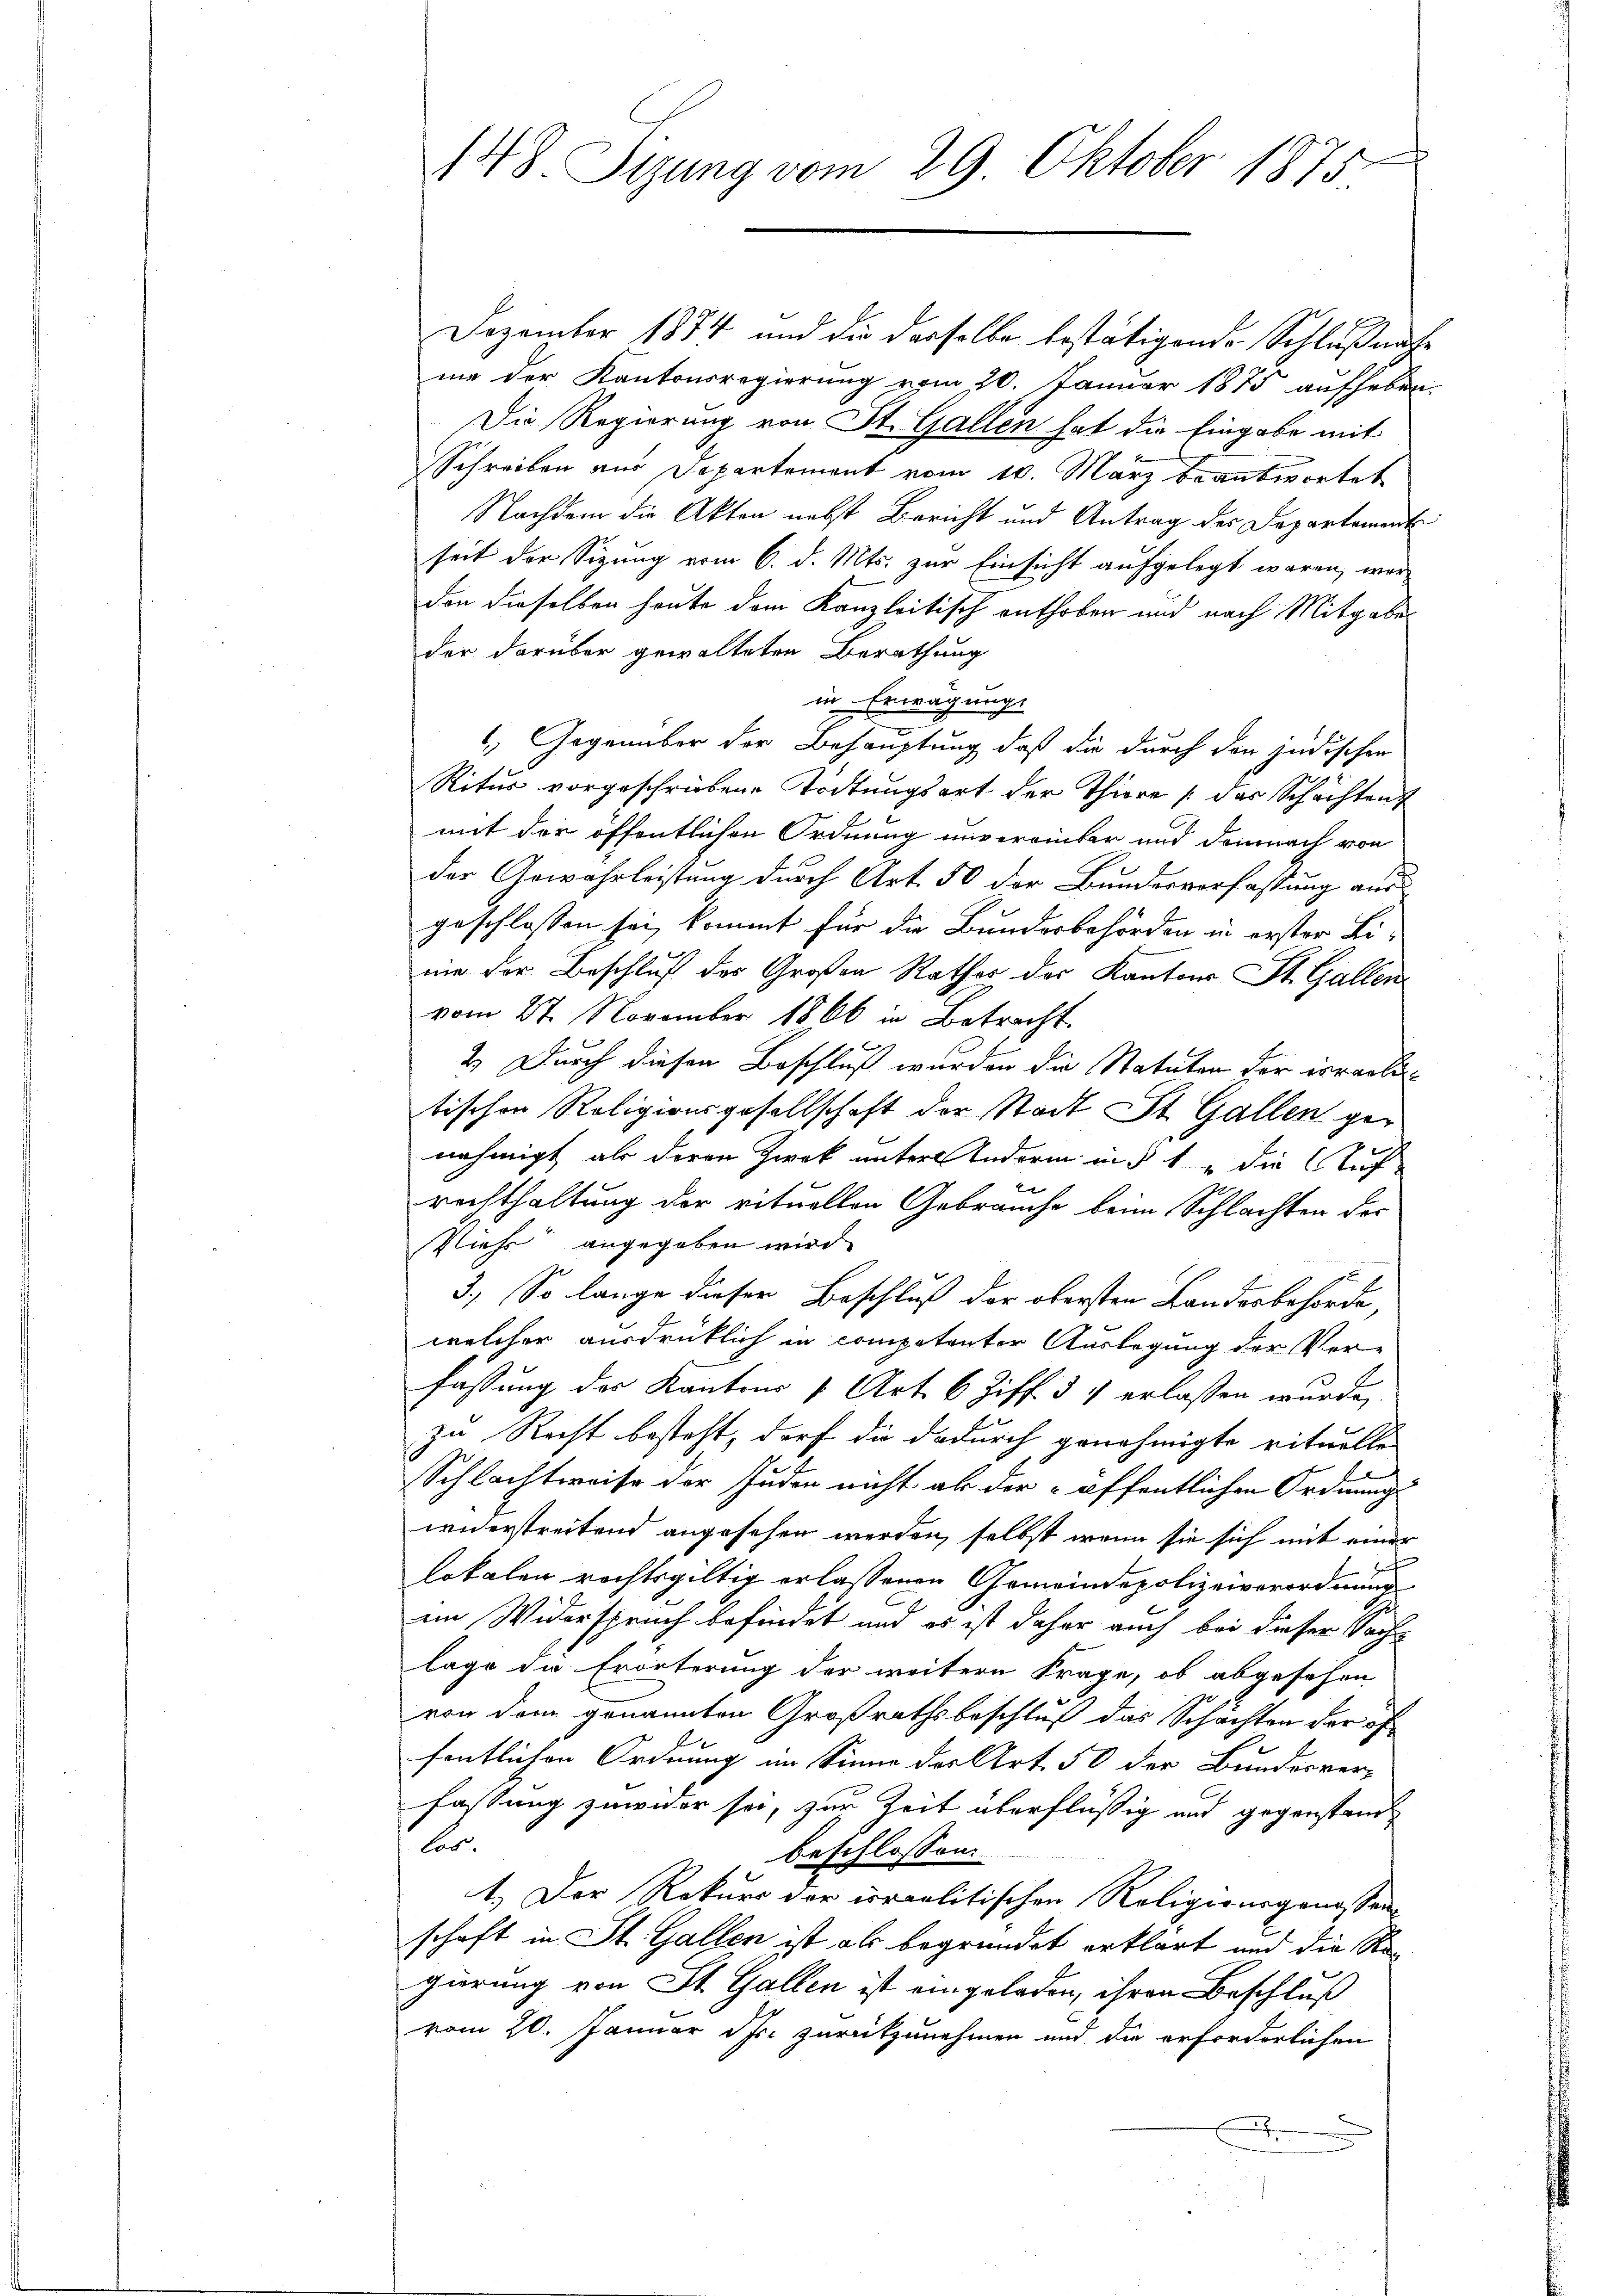
148. Sizung vom 29. Oktober 1875.

Dezember 1874 und die derselbe bestätigende Schlußnahe
me der Kantonsregierung vom 20. Januar 1875 aufheben.
Die Regierung von St. Gallen hat die Eingabe mit
Schreiben aus Departement vom 10. März beantwortet
Nachdem die Akten nebst Bericht und Antrag der Departement
seit der Sizung vom 6. d. Mts. zur Einsicht aufgelegt waren, worden dieselben heute dem Kanzleitisch enthoben und nach Mitgabe
der darüber gewalteten Berathung
in Erwägung.
4) Gegenüber der Behauptung, daß die durch den jüdischen
Ritus vorgeschriebene Tödtungsart der Thüre (das Schachtent
mit der öffentlichen Ordnung unvereinker und demnach von
der Gewährleistung durch Art. 50 der Bundesverfaßung aus
geschlossen sei, kommt für die Bundesbehörden in erster Linie der Beschluß des Großen Rathes der Kantons St. Gallen
vom 27. November 1866 in Betracht.
2.) Durch diesen Beschluß wurden die Statuten der israelitischen Religionsgesellschaft der Stadt St. Gallen genehmigt als deren Zweck unter Indern und 1 die Aufrechthaltung der rituellen Gebrauche beim Schlachten der
Viehs angegeben wird.
3.) So lange dieser Beschluß der obersten Landesbehörde,
welcher ausdrücklich in competenter Auslegung der Ver-
fassung des Kantons v. Art. 6 Ziff. 34 erlassen wurde,
zu Recht besteht, darf die dadurch genehmigte rituelle
Schlachtweise der Juden nicht ab der öffentlichen Ordnung
widerstreitend angesehen werden, selbst wenn sie sich mit einer
lokalen rechtsgültig erlassenen Gemeindepolizeiverordnung
im Widerspruch befindet und es ist daher auch bei dieser Sachlage die Erörterung der weitere Frage, ob abgesehen
von dem genannten Großrathsbeschluß das Schächten der öfe
fentlichen Ordnung im Sinne des Art. 50 der Bundesver-
fassung zuwider sei, zur Zeit überflüßig und gegenstand
.
beschlossen:
1.) Der Rekurs der israelitischen Religionsgenossen
schaft in St. Gallen ist als begründet erklärt und die Regierung von St. Gallen ist eingeladen, ihren Beschluß
vom 20. Januar Js. zurükzunehmen und die erforderlichen